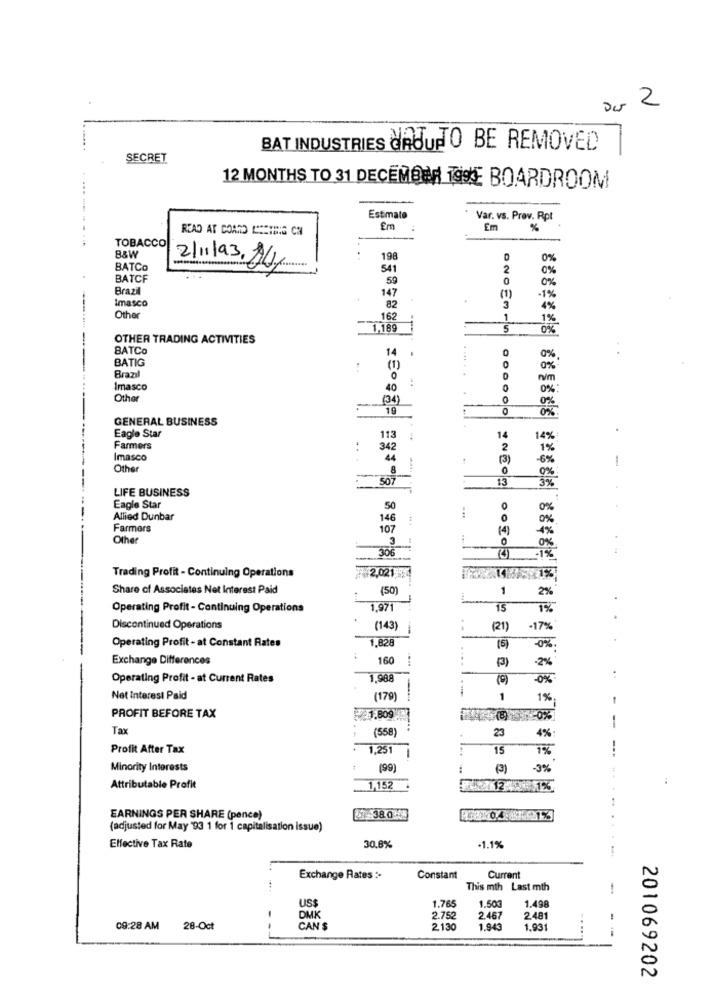
Dur 2
BAT INDUSTRIES GROUPTO BE REMOVED
SECRET
12 MONTHS TO 31 DECEMBER 199E BOARDROOM
Estmate
Var. vs. Prøv. Rpt
READ AT CORTO CEETHIS CAI
Em
Em
%
TOBACCO
198
0%
BATCO
211193,24,
541
2
0%
BATCF
59
0
0%
Brazil
147
(1)
1%
Imasco
82
3
4%
Other
162
1
1%
1,189
5
0%
OTHER TRADING ACTIVITIES
BATCo
14
BATIG
.....
0%
(1)
.. 4
Brazil
Imasco
40
Other
(34)
19
GENERAL BUSINESS
Eagle Star
113
14
14%
Farmers
342
2
1%
Imasco
44
Other
8
-
507
13
0%
3%
LIFE BUSINESS
Eagle Star
50
0%
Allied Dunbar
146
0%
Farmers
107
(4)
Other
3
0
4%
306
0%
-18
22,021
Trading Profit - Continuing Operations
Share of Associates Net Interest Paid
(50)
1
2%
Operating Profit - Continuing Operations
1,971
15
1%
Discontinued Operations
(143)
(21)
17%
1,828
Operating Profit - at Constant Rates
(5)
0%
Exchange Differences
160
-2%
Operating Profit - at Current Rates
1,988
(9)
-0%
:
-
Net Interest Paid
(179
1
1%;
PROFIT BEFORE TAX
1.809
Tax
(558
23
4%:
Profit After Tax
1,251
15
1%
Minority Interests
(99)
(3)
-3%
Attributable Profit
1,152
EARNINGS PER SHARE (pence)
38.0-
(adjusted for May '93 1 for 1 capitalisation issue)
Effective Tax Rate
30.8%
·1.1%
Exchange Rates :-
Constant
Current
This mth Last mth
-
US$
1.765
1.50
1.498
DMK
2.752
2.467
2.481
09:28 AM
28-Oct
- -
CAN $
2.130
1.943
1.931
---
201069202